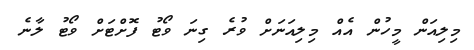
މިލިއަން މީހުން އެއް މިލިއަނަށް ވުރެ ގިނަ ވޯޓު ފޮށްޓަށް ވޯޓު ލާނެ